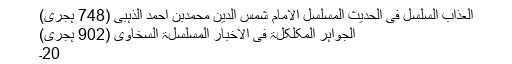
العذاب السلسل فی الحدیث المسلسل الامام شمس الدین محمدبن احمد الذہبی (748 ہجری)
الجواہر المکلکلۃ فی الاخبار المسلسلۃ السخاوی (902 ہجری)
20۔